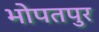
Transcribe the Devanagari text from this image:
भोपतपुर